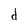
Character: d